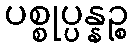
ပစ္စုပ္ပန္နဉ္စ